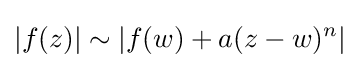
|f(z)|\sim |f(w)+a(z-w)^{n}|